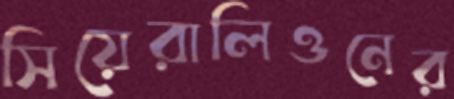
সিয়েরালিওনের